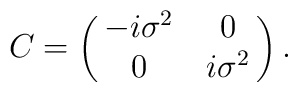
C=\pmatrix{-i \sigma^2& 0\cr 0&i\sigma^2}.